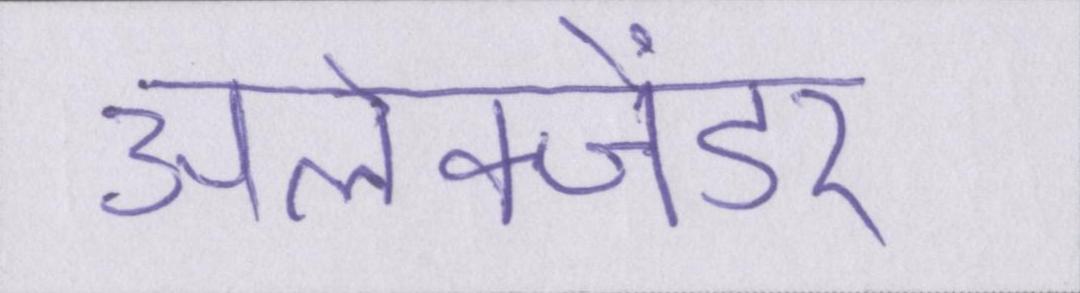
अलेक्जेंडर